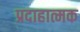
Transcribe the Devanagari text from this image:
प्रदाहात्मक